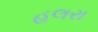
હલરા